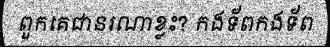
ពួកគេជានរណាខ្លះ? កងទ័ពកងទ័ព